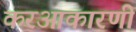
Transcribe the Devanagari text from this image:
करआकारणी